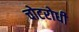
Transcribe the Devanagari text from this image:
चोटरोधी